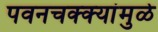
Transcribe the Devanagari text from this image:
पवनचक्‍क्‍यांमुळे